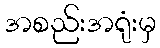
အစည်းအရုံးမှ